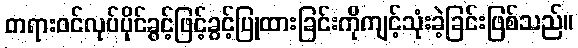
တရားဝင်လုပ်ပိုင်ခွင့်ဖြင့်ခွင့်ပြုထားခြင်းကိုကျင့်သုံးခဲ့ခြင်းဖြစ်သည်။